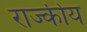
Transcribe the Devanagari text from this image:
राज्कीय